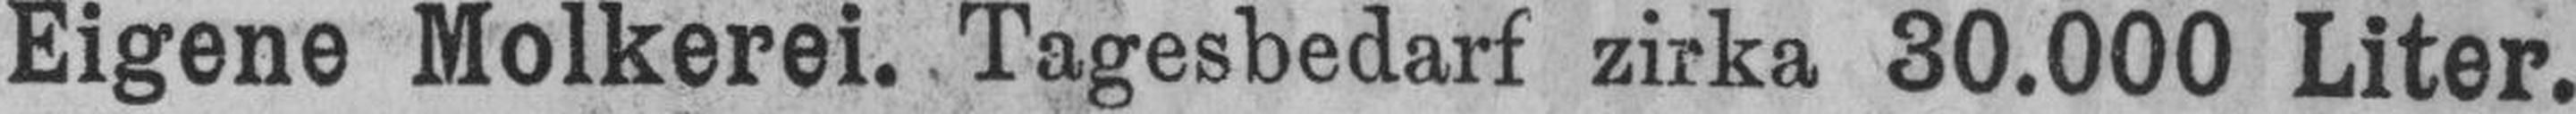
Eigene Molkerei. Tagesbedarf zirka 30.000 Liter.